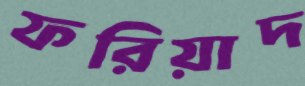
ফরিয়াদ